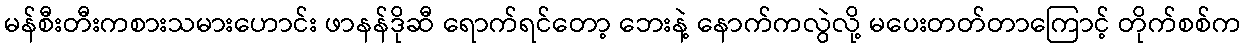
မန်စီးတီးကစားသမားဟောင်း ဖာနန်ဒိုဆီ ရောက်ရင်တော့ ဘေးနဲ့ နောက်ကလွဲလို့ မပေးတတ်တာကြောင့် တိုက်စစ်က